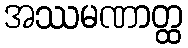
အဿမဏာတ္ထ